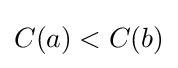
C(a)<C(b)